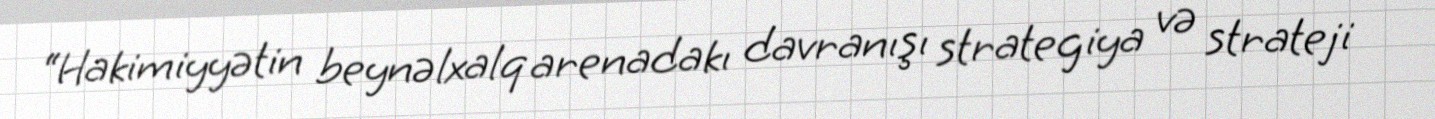
“Hakimiyyətin beynəlxalq arenadakı davranışı strategiya və strateji